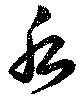
后